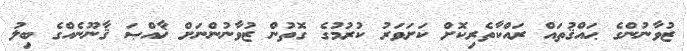
ޒުވާނުންގެ ޙައްޤުތައް ރައްކާތެރިކޮށް ކަށަވަރު ކުރުމުގެ ގޮތުން ޒުވާނުންނަށް ޚާއްޞަ ޤާނޫނެއްގެ ބިލު